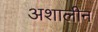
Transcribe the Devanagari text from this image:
अशालीन